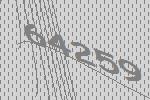
64259